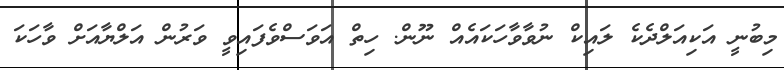
މިބުނީ އަކިއަލްދެކެ ލައިކް ނުވާވާހަކައެއް ނޫން. ހިތް އަވަސްވެފައިވީ ވަރުން އަލްޔާއަށް ވާހަކަ